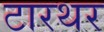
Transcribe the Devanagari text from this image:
टारथर